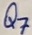
Text: Q7